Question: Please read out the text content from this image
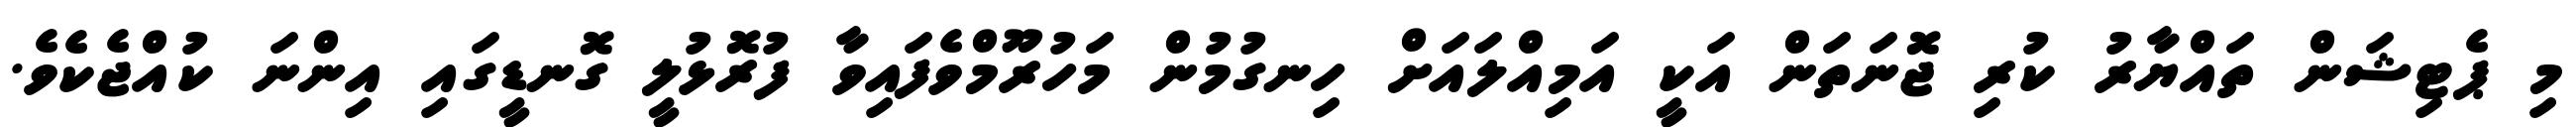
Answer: މި ޕެޓިޝަން ތައްޔާރު ކުރި ޖޮނަތަން އަކީ އަމިއްލައަށް ހިނގުމުން މަހުރޫމްވެފައިވާ ފުރޮޅުލީ ގޮނޑީގައި އިންނަ ކުއްޖެކެވެ.